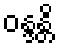
ဝန္ဒန္တိ